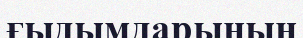
ғыдымдарының